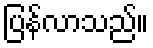
ပြန်လာသည်။